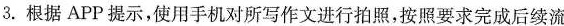
3.根据APP提示，使用手机对所写作文进行拍照，按照要求完成后续流